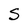
Character: S